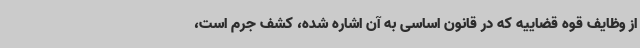
از وظایف قوه قضاییه که در قانون اساسی به آن اشاره شده، کشف جرم است،